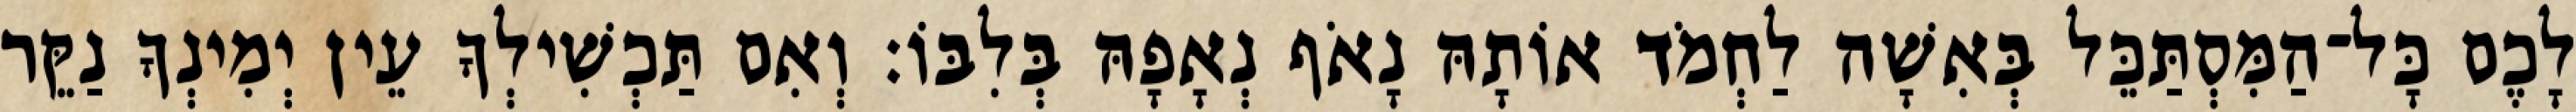
לָכֶם כָּל־הַמִּסְתַּכֵּל בְּאִשָׁה לַחְמֹד אוֹתָהּ נָאֹף נְאָפָהּ בְּלִבּוֹ׃ וְאִם תַּכְשִׁילְךָ עֵין יְמִינְךָ נַקֵּר